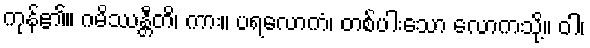
ကုန်၏။ ဂမိဿန္တီတိ၊ ကား။ ပရလောကံ၊ တစ်ပါးသော လောကသို့။ ဝါ၊